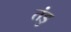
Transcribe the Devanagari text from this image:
तंडु